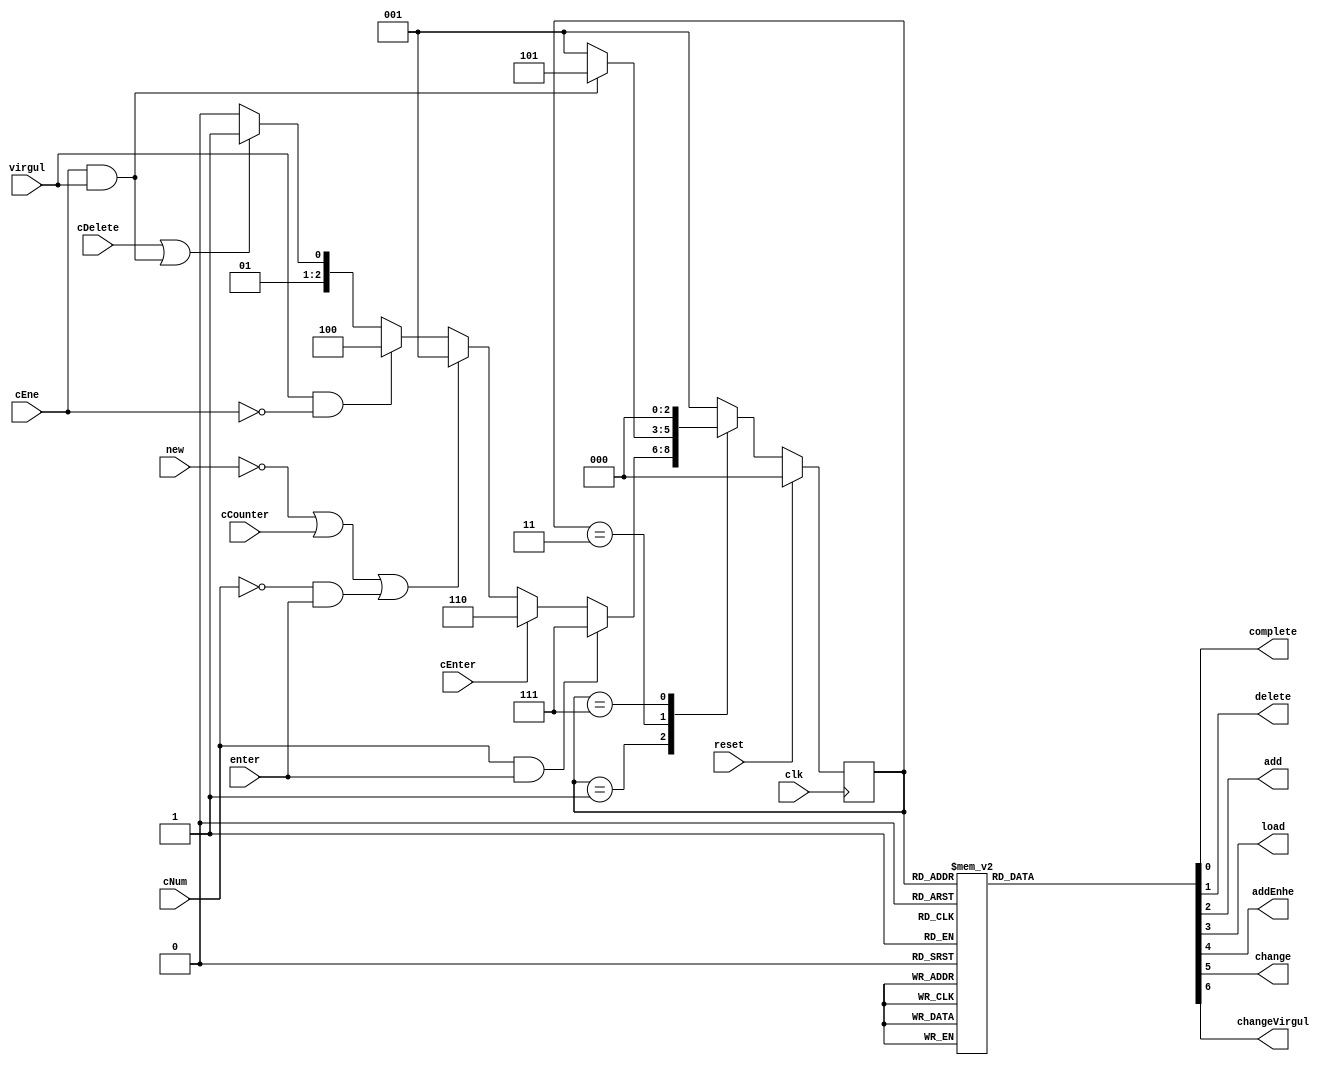
module control (clk, cEnter, cEne, cDelete, cCounter, cNum, new, reset, complete, enter, delete, add, load, addEnhe, change, virgul, changeVirgul);

input clk;
input enter; 
input virgul;
input cEne, cEnter;
input cDelete;
input cCounter;
input new;
input reset;
input cNum;
output reg complete;
output reg delete;
output reg add;
output reg load;
output reg addEnhe;
output reg change;
output reg changeVirgul;


reg [2:0] next_state;

parameter init=3'b000, new_data=3'b001, Add=3'b010, Delete=3'b011, ChangeVirgul=3'b100, AddEnhe=3'b101, Enter=3'b110, effect=3'b111;

always @( negedge clk )
	begin
	if (reset) next_state<=init;
	else 
	case (next_state)
		init: 	next_state<=new_data;
		
		new_data: begin
		if (cNum==1'b1 & enter==1'b1) next_state<=effect;
		else if(cEnter==1'b1) next_state<=Enter; 
			else if((new==1'b0 | cCounter==1'b1) |  (cNum==1'b0 & enter==1'b1)) next_state<=new_data; 
				    else if (virgul==1'b1 & cEne==0) next_state<=ChangeVirgul; 
						else if((cDelete==1'b1 | (cEne==1'b1 & virgul==1'b1))) next_state<=Delete; 
				          		else next_state<=Add; 
		end 	
		
		Add: 	next_state<=new_data;
		
		Delete: begin 
		if (cEne==1'b1 & virgul==1) next_state<=AddEnhe;
		else    next_state<=new_data;
		end
			
		AddEnhe:    next_state<=new_data;
				
		Enter:      next_state<=new_data;
		
		effect:     next_state<=init;
		
		default:    next_state<=new_data;

	endcase		
	end 

always @( next_state or cEne or virgul)
	begin
	case (next_state)
		init: begin
			complete=1'b0;
			delete=1'b0;
			add=1'b0;
			load=1'b1;
			addEnhe=1'b0;
			change=1'b0;
			changeVirgul=1'b0;			
		end	

		new_data: begin
			complete=1'b0;
			delete=1'b0;
			add=1'b0;
			load=1'b0;
			addEnhe=1'b0;
			change=1'b0;		
			changeVirgul=1'b0;			
		end		
		
		Add: begin 
			complete=1'b0;
			delete=1'b0;
			add=1'b1;
			load=1'b0;
			addEnhe=1'b0;
			change=1'b1;
			changeVirgul=1'b0;			
		end
		
		Delete: begin
			  complete=1'b0;
			  delete=1'b1;
			  add=1'b0;
			  load=1'b0;
			  addEnhe=1'b0;
			  change=1'b1;
	    		  changeVirgul=1'b0;			
		end
		
		ChangeVirgul: begin 
				complete=1'b0;
				delete=1'b0;
				add=1'b1;
				load=1'b0;
				addEnhe=1'b0;
				change=1'b1;		
				changeVirgul=1'b1;
		end

		AddEnhe: begin    				
			complete=1'b0;
			delete=1'b0;
			add=1'b1;
			load=1'b0;
			addEnhe=1'b1;
			change=1'b1;
			changeVirgul=1'b0;			
		end
		
		Enter: begin 
			complete=1'b0;
			delete=1'b0;
			add=1'b0;
			load=1'b0;
			addEnhe=1'b0;
			change=1'b1;
			changeVirgul=1'b0;			
		end

		effect: begin 
			complete=1'b1;
			delete=1'b0;
			add=1'b1;
			load=1'b0;
			addEnhe=1'b0;
			change=1'b1;
			changeVirgul=1'b0;			
		end		
		
		default: begin
			complete=1'b0;
			delete=1'b0;
			add=1'b0;
			load=1'b0;
			addEnhe=1'b0;
			change=1'b0;
			changeVirgul=1'b0;			
		end
	endcase		
	end 

endmodule